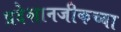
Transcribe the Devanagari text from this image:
प्रदेशानजीकच्या